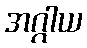
အဂ္ဂါယ